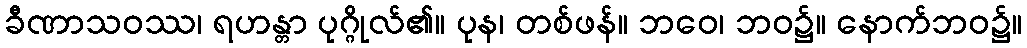
ခီဏာသဝဿ၊ ရဟန္တာ ပုဂ္ဂိုလ်၏။ ပုန၊ တစ်ဖန်။ ဘဝေ၊ ဘဝ၌။ နောက်ဘဝ၌။